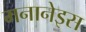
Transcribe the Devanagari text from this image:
मनानेइस